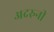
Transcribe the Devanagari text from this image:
अदरुनी